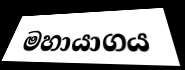
මහායාගය